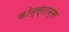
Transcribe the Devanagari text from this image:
कोन्स्टान्स